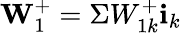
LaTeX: \textbf{W}_{1}^{+}=\Sigma W_{1k}^{+}\textbf{i}_{k}